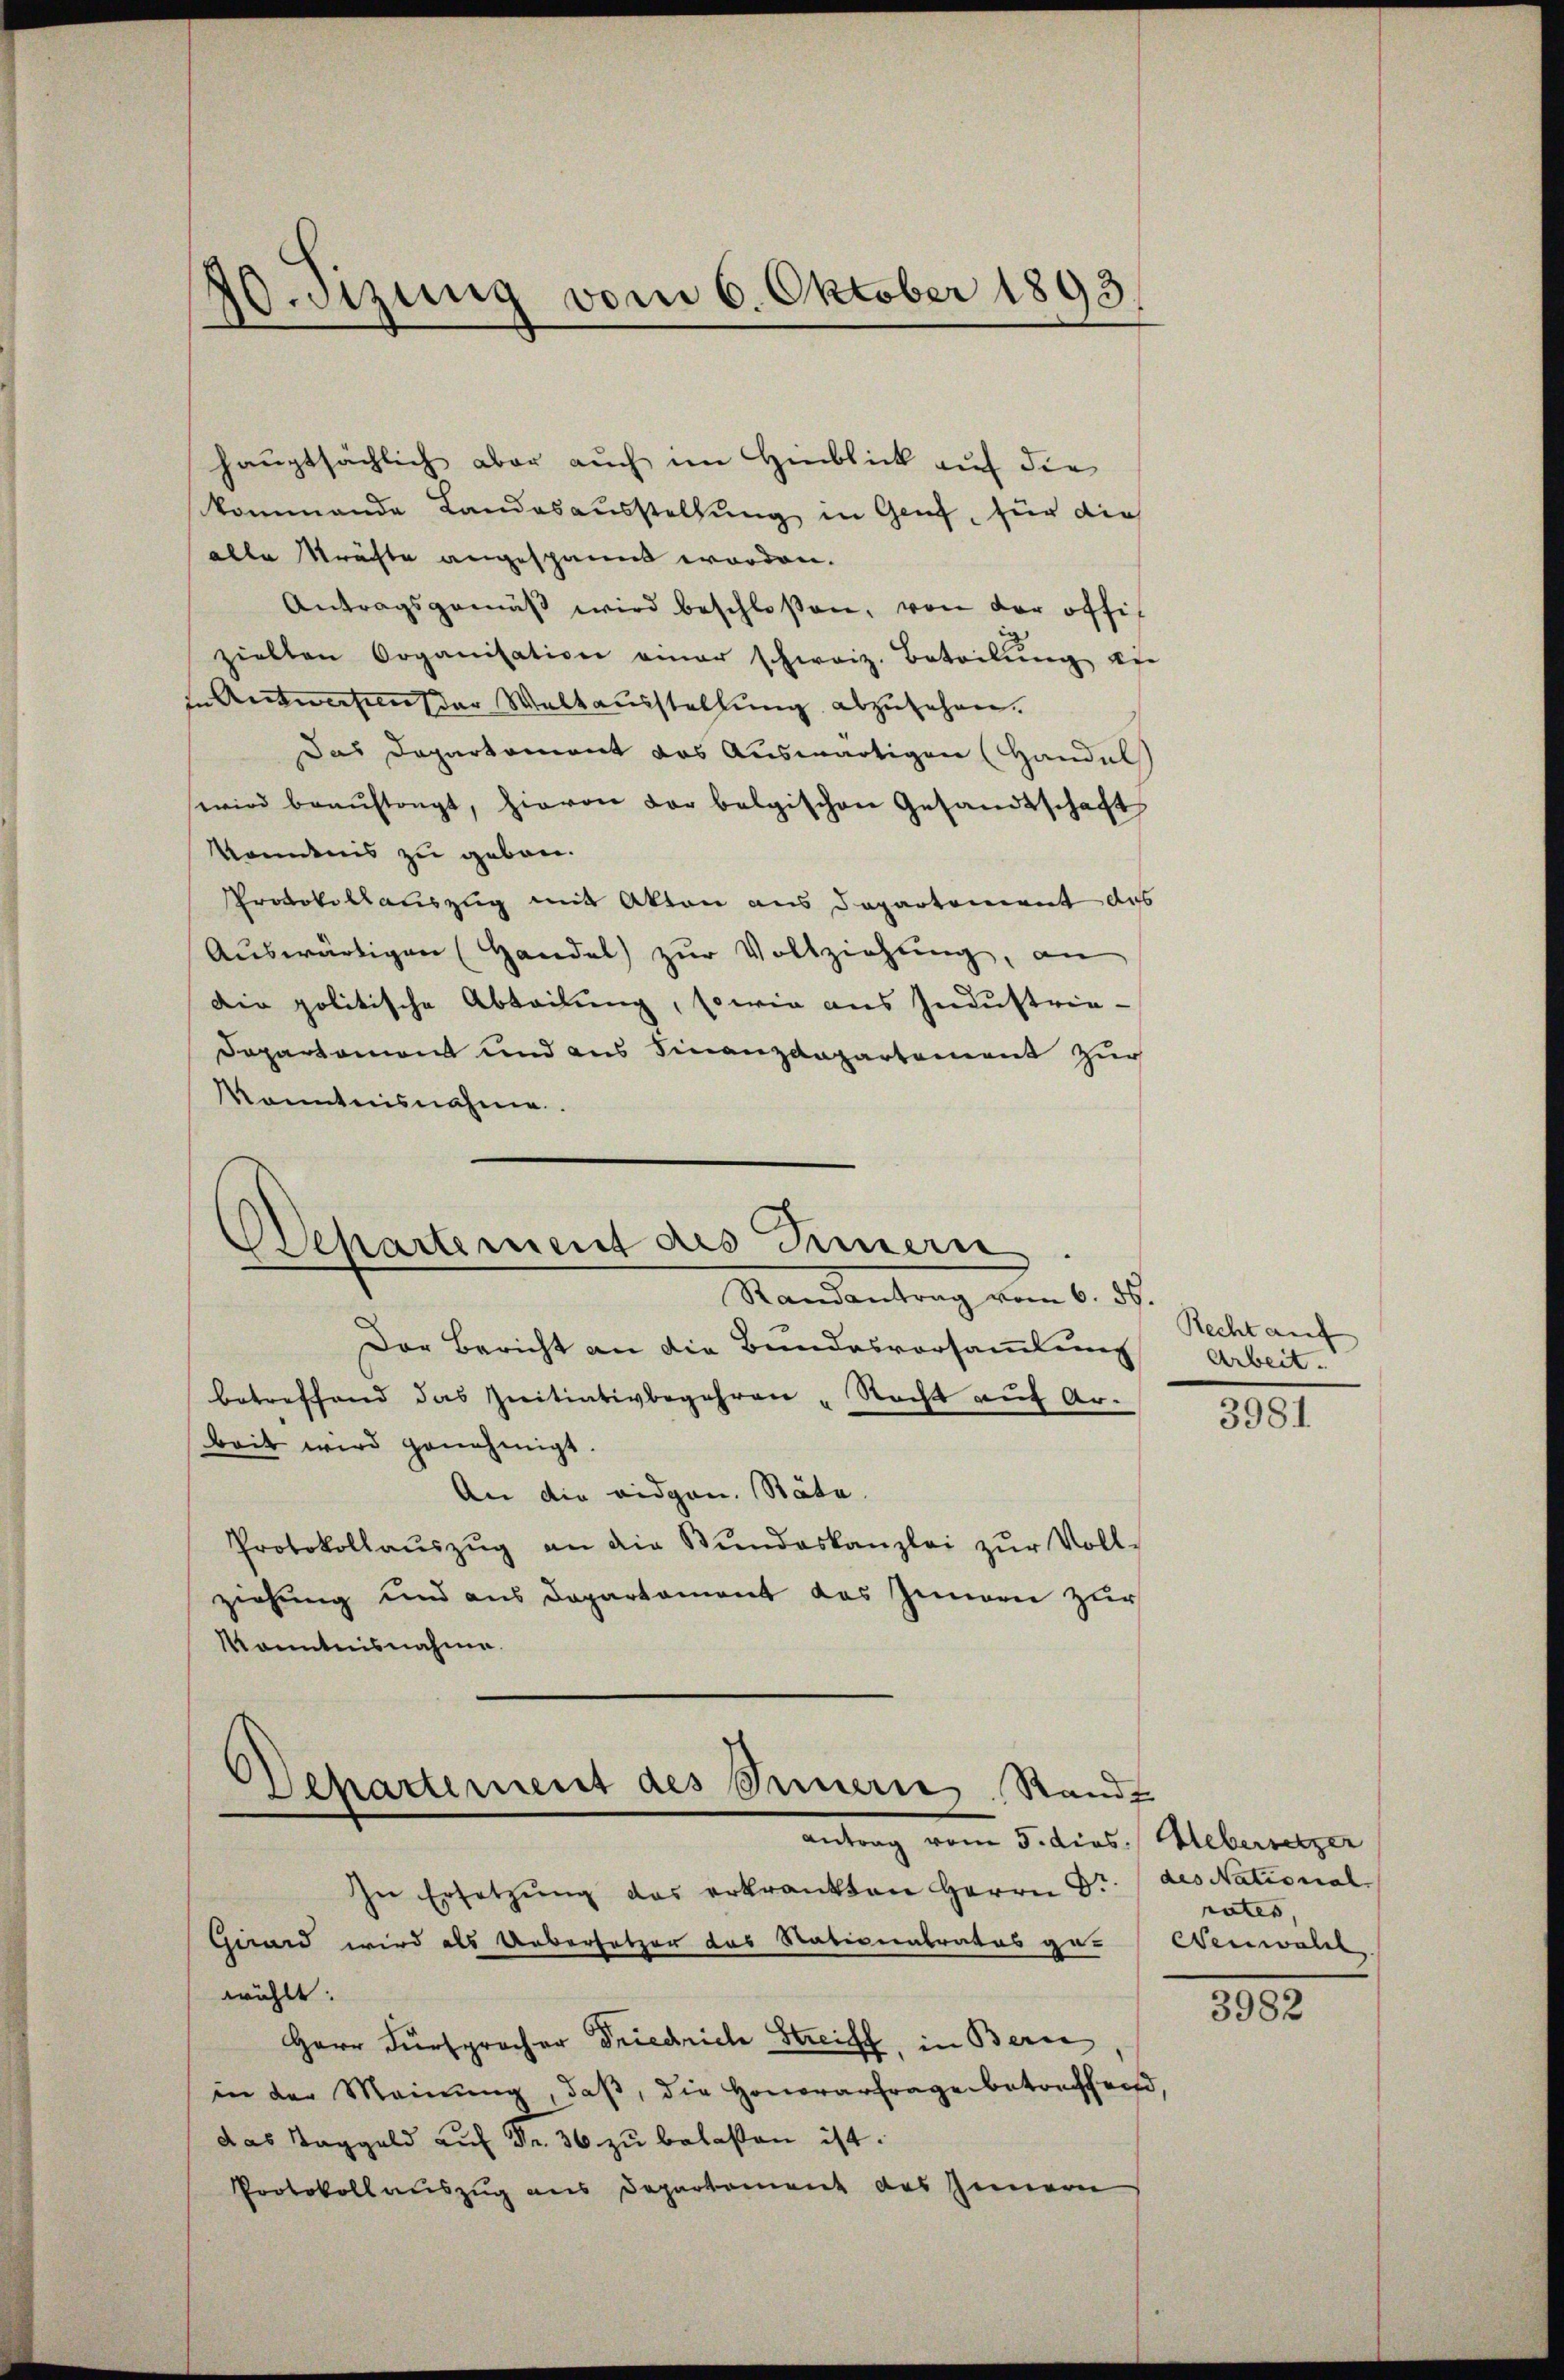
hauptsächlich aber auch im Hinblick auf die
kommende Landesausstellung in Genf, für die
alle Kräfte angespannt worden.
Antragsgemäβ wird beschloßen, von der offizielten Organisation einer schweiz. Beteilŭng an
in Antworten der Waltausstellung abzusehen.
Das Departement das Auswärtigen (Handel
wird beaŭftragt, hievon der belgischen Gesandtschaft
ändnis zu geben.
Protokollauszug mit Akten aus Departement das
Aŭswärtigen (Handel zŭr Vollziehŭng, an
Die politische Abteilung, sowie aus Industrie-
Departement und aus Finanzdepartement zur
Konntnisnahme.

40.sizung vom 6. Oktober 1893.

Departement des Innern
Randantrag vom 6. ds.

Der Bericht an die Bundesvorsammlung
betreffend das Ziitiativbegehren „Recht auf Arbeit wird genehmigt.
An die eidgen. Stäte.
Protokollaŭszŭg an die Bŭndeskanzlei zŭr Voll-
ziehung und aus Departament das Innern zur
Kenntnisnahme.

Departement des Innern Randt
Antrag vom 5. dies. Uebersetzer

In Ersetzŭng das erkrankten Herrn Dr. des National
Gunnd wird als Uebersetzer das Nativeratrates ge-Wenwalt
wählt:
Herr Fürsprocher Driechrich Streiff, in Berne
in der Meinung, daß, die Honorarfrage betreffend,
das Taggeld auf Fr. 36 zu belasten ist.
Protokollauszug aus Departement des Innern

Recht auf
Arbeit.

3981

rates,

3982